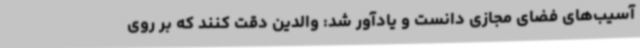
آسیب‌های فضای مجازی دانست و یادآور شد: والدین دقت کنند که بر روی